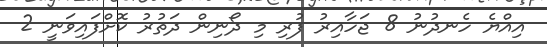
އިއްޔެ ހެނދުނު 8 ޖަހާއިރު ފުރި މި ދޯނިން ދަތުރު ކޮށްފައިވަނީ 2